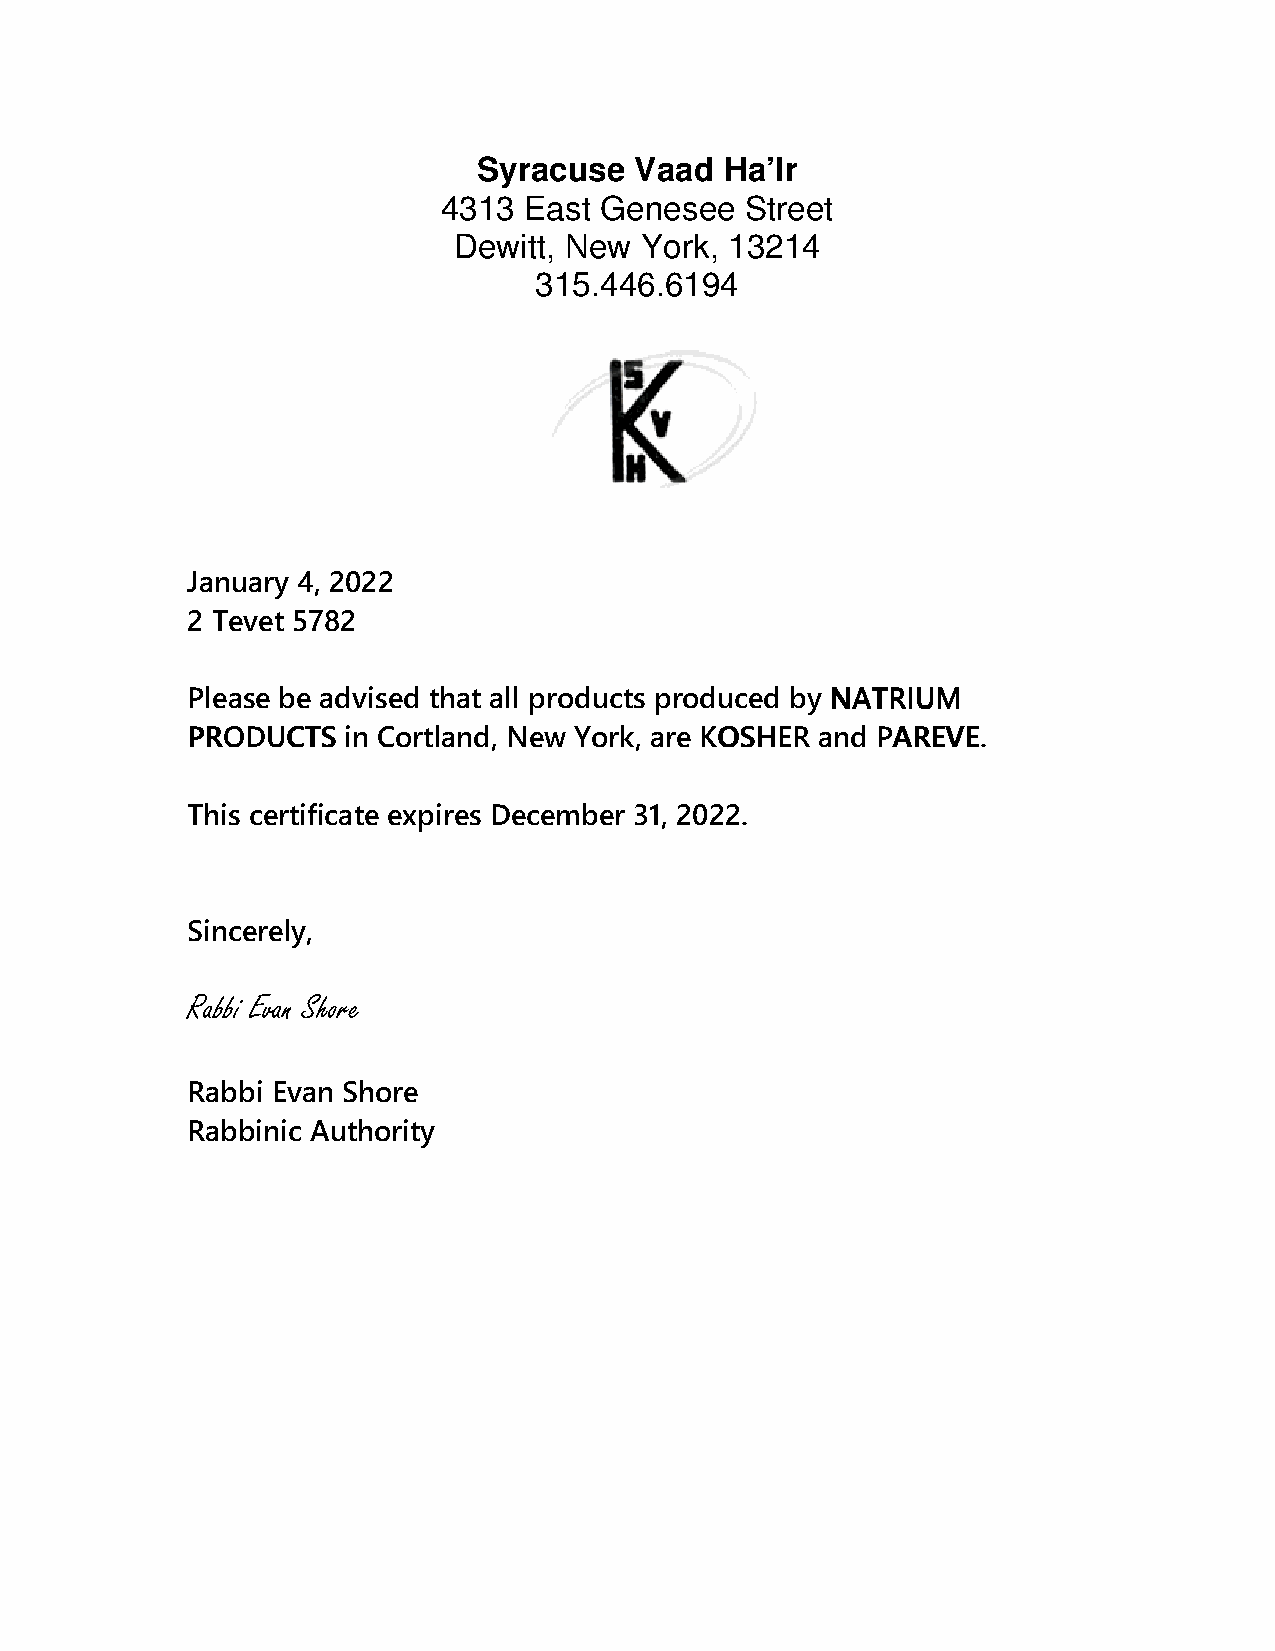
Syracuse  Vaad  Ha’Ir
 4313  East Genesee  Street
 Dewitt, New York, 13214
 315.446.6194
 January 4, 2022
 2 Tevet 5782
 Please be advised that all products produced by NNNNAAAATTTTRRRRIIIIUUUUMMMM
 PPPPRRRROOOODDDDUUUUCCCCTTTTSSSS in Cortland, New York, are KKKKOOOOSSSSHHHHEEEERRRR and PPPPAAAARRRREEEEVVVVEEEE.
 This certificate expires December 31, 2022.
 Sincerely,
 Rabbi Evan Shore
 Rabbi Evan Shore
 Rabbinic Authority